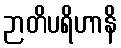
ဉာတိပရိဟာနိ